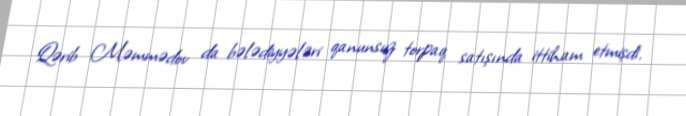
Qərib Məmmədov da bələdiyyələri qanunsuz torpaq satışında ittiham etmişdi.